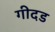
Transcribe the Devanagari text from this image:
गीदड